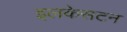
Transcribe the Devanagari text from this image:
इलकेसटन